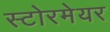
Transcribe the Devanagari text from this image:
स्टोरमेयर